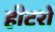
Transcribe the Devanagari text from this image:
हीटरों